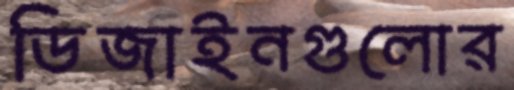
ডিজাইনগুলোর